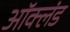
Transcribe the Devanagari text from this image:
ऑक्लंड